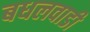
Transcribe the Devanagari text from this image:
बधलवाडी